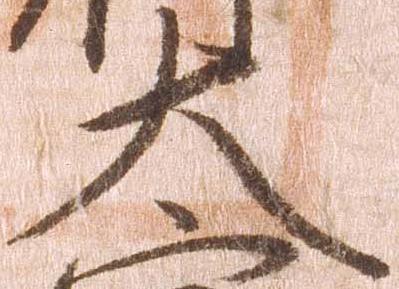
大